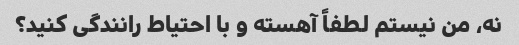
نه، من نیستم لطفاً آهسته و با احتیاط رانندگی کنید؟